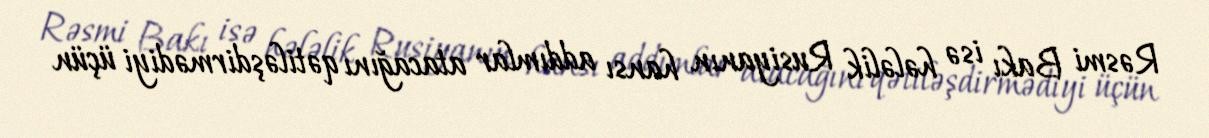
Rəsmi Bakı isə hələlik Rusiyanın hansı addımlar atacağını qətiləşdirmədiyi üçün